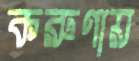
করুণায়